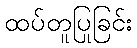
ထပ်တူပြုခြင်း